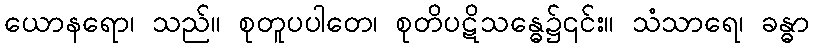
ယောနရော၊ သည်။ စုတူပပါတေ၊ စုတိပဋိသန္ဓေ၌၎င်း။ သံသာရေ၊ ခန္ဓာ